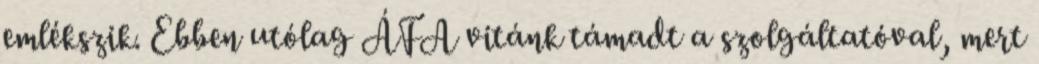
emlékszik. Ebben utólag ÁFA vitánk támadt a szolgáltatóval, mert